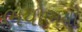
ભયોભયો